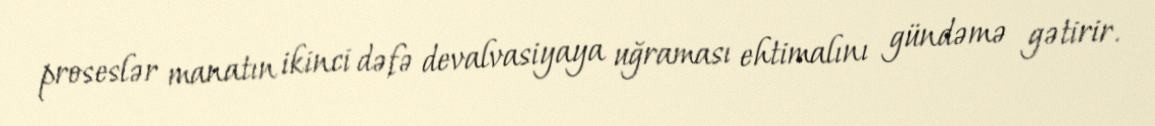
proseslər manatın ikinci dəfə devalvasiyaya uğraması ehtimalını gündəmə gətirir.